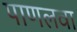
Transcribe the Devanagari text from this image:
पाणलवा